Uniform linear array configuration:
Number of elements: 32
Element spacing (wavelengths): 1
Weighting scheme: uniform
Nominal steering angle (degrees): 60
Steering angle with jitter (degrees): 59.938
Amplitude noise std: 0.05
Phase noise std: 0.05

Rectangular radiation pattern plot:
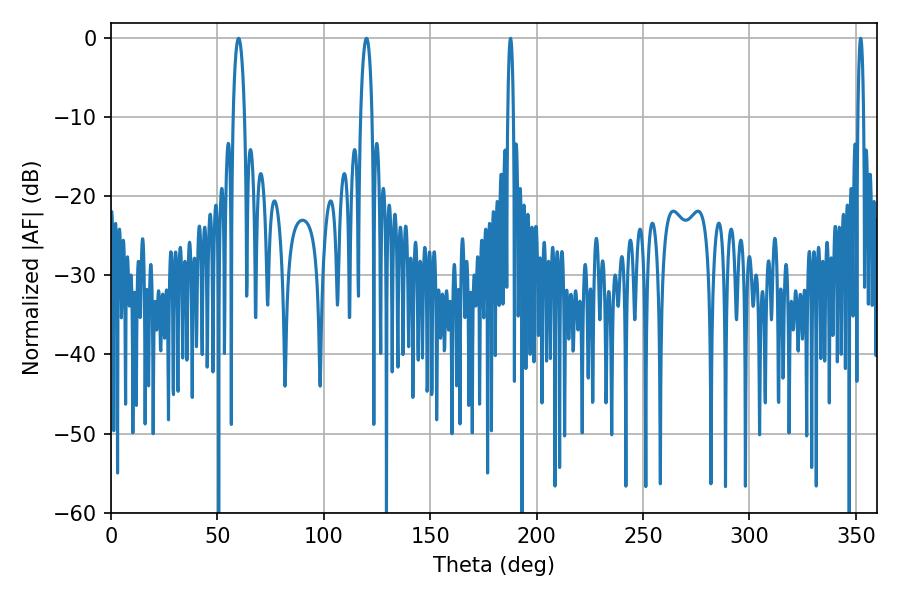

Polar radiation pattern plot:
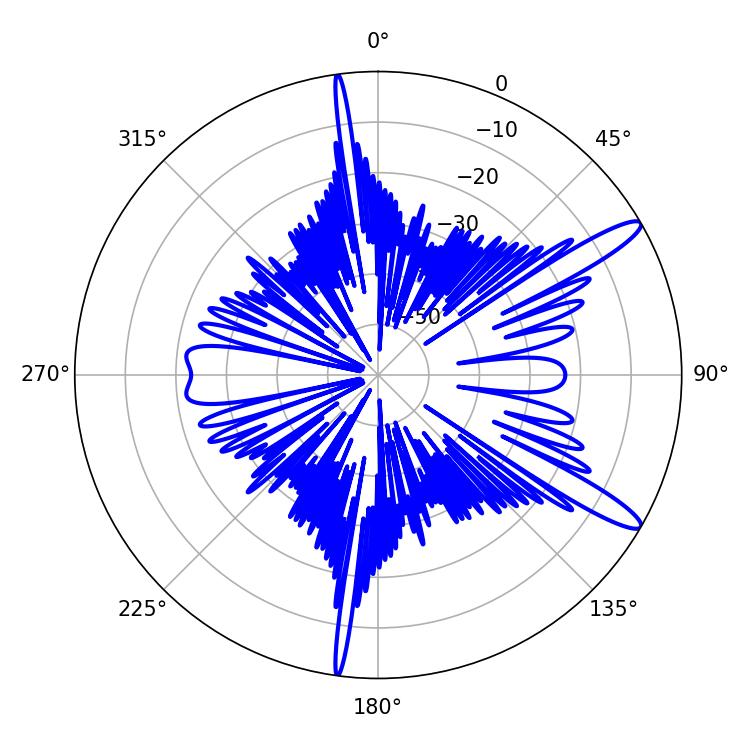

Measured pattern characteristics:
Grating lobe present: TRUE
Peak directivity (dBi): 13.164
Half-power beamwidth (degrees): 3.06
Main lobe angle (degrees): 59.94